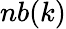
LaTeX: nb(k)